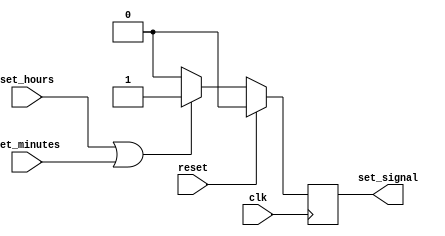
module button_interface(
    input clk, reset,
    input set_hours, set_minutes,
    output reg set_signal
);
    always @(posedge clk) begin
        if (reset) set_signal <= 0;
        else if (set_hours || set_minutes) set_signal <= 1;
        else set_signal <= 0;
    end
endmodule